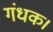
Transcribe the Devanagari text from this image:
गंधक।